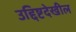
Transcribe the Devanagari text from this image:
उद्दिष्टदेखील